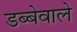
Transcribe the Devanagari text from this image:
डब्बेवाले